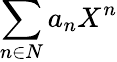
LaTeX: \sum_{n\in N}a_{n}X^{n}